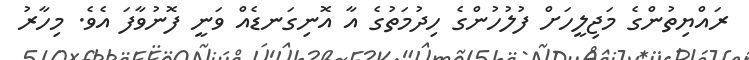
ރައްޔިތުންގެ މަޖިލީހަށް ފުލުހުންގެ ހިދުމަތުގެ އާ އޮނިގަނޑެއް ވަނީ ފޮނުވާފަ އެވެ. މިހާރު